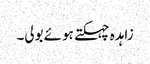
زاہدہ چہکتے ہوئے بولی۔